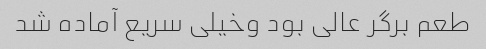
طعم برگر عالی بود وخیلی سریع آماده شد